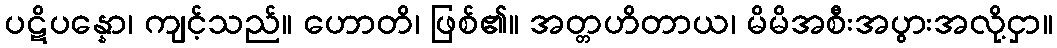
ပဋိပန္နော၊ ကျင့်သည်။ ဟောတိ၊ ဖြစ်၏။ အတ္တဟိတာယ၊ မိမိအစီးအပွားအလို့ငှာ။